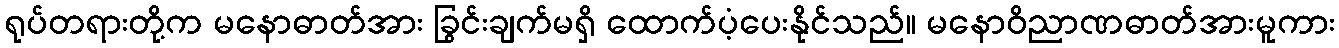
ရုပ်တရားတို့က မနောဓာတ်အား ခြွင်းချက်မရှိ ထောက်ပံ့ပေးနိုင်သည်။ မနောဝိညာဏဓာတ်အားမူကား